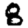
Digit: 8